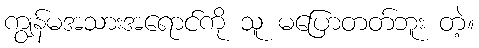
ကျွန်မအသားအရောင်ကို သူ မပြောတတ်ဘူး တဲ့။